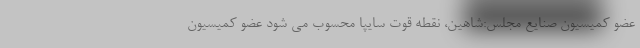
عضو كميسيون صنايع مجلس:شاهين، نقطه قوت سايپا محسوب مي شود عضو كميسيون